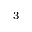
_ { 3 }